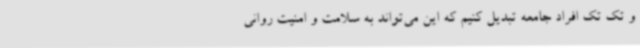
و تک تک افراد جامعه تبدیل کنیم که این می‌تواند به سلامت و امنیت روانی